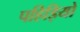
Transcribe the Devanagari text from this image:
पहिड़ियो